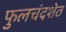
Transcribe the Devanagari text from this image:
फुलचंदशेठ